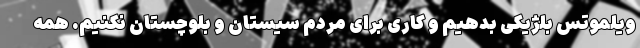
ویلموتس بلژیکی بدهیم و کاری برای مردم سیستان و بلوچستان نکنیم. همه